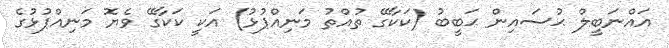
އައްނަބީލް ޙުސައިން ޙަބީބު (ކަކާގޭ ތުއްތު މަނިއްޕުޅު) އަކީ ކަކާގޭ ވެޔޮ މަނިއްޕުޅުގެ